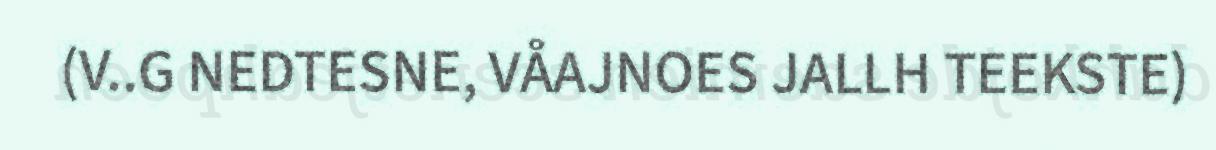
(V..G NEDTESNE, VÅAJNOES JALLH TEEKSTE)